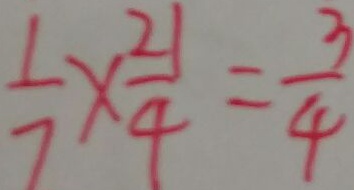
\frac { 1 } { 7 } \times \frac { 2 1 } { 4 } = \frac { 3 } { 4 }